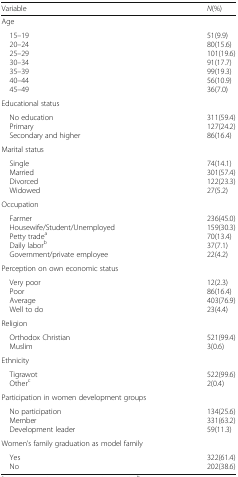
| Variable | N(%) |
 | --- | --- |
 | <COLSPAN=2> Age |
 | 15–19 20–24 25–29 30–34 35–39 40–44 45–49 | 51(9.9)80(15.6)101(19.6)91(17.7)99(19.3)56(10.9)36(7.0) |
 | <COLSPAN=2> Educational status |
 | No education Primary Secondary and higher | 311(59.4)127(24.2)86(16.4) |
 | <COLSPAN=2> Marital status |
 | Single Married Divorced Widowed | 74(14.1)301(57.4)122(23.3)27(5.2) |
 | <COLSPAN=2> Occupation |
 | Farmer Housewife/Student/Unemployed Petty tradea Daily laborb Government/private employee | 236(45.0)159(30.3)70(13.4)37(7.1)22(4.2) |
 | <COLSPAN=2> Perception on own economic status |
 | Very poor Poor Average Well to do | 12(2.3)86(16.4)403(76.9)23(4.4) |
 | <COLSPAN=2> Religion |
 | Orthodox Christian Muslim | 521(99.4)3(0.6) |
 | <COLSPAN=2> Ethnicity |
 | Tigrawot Otherc | 522(99.6)2(0.4) |
 | <COLSPAN=2> Participation in women development groups |
 | No participation Member Development leader | 134(25.6)331(63.2)59(11.3) |
 | <COLSPAN=2> Women’s family graduation as model family |
 | Yes No | 322(61.4)202(38.6) |